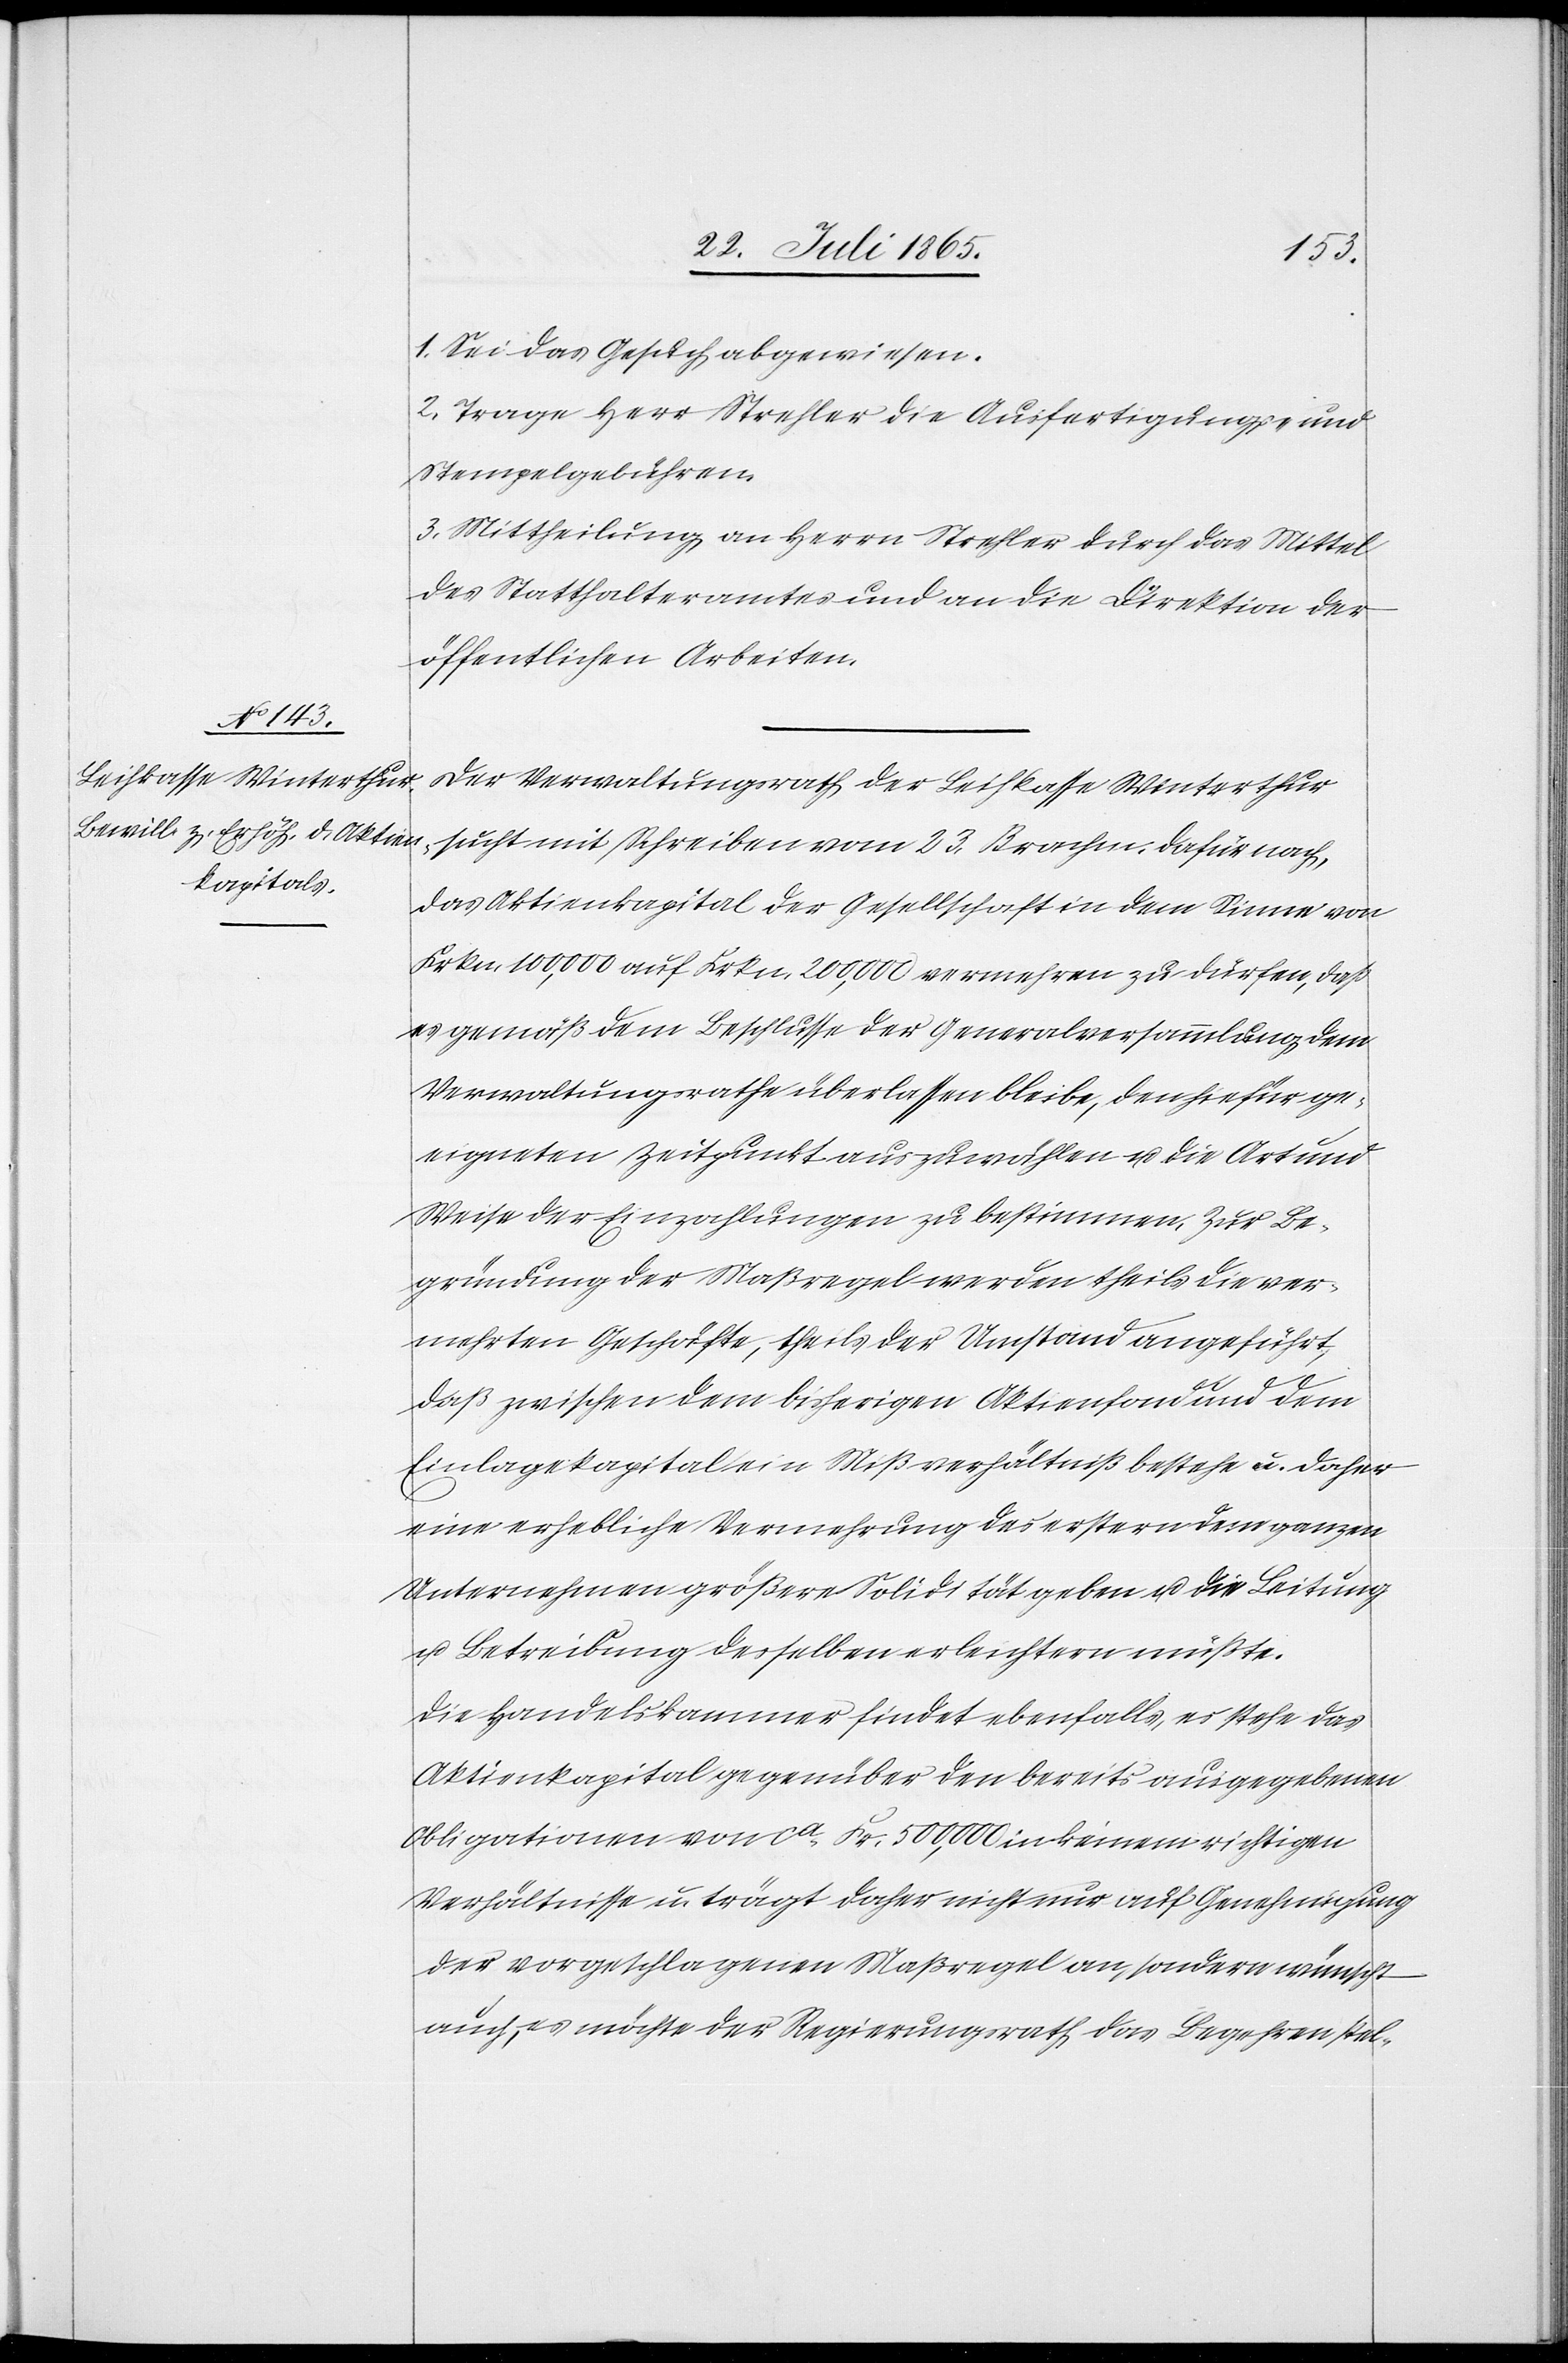
1. Sei das Gesuch abgewiesen.
2. Trage Herr Strehler die Ausfertigungs- und
Stempelgebühren.
3. Mittheilung an Herrn Strehler durch das Mittel
des Statthalteramtes und an die Direktion der
öffentlichen Arbeiten.
Der Verwaltungsrath der Leihkasse Winterthur
sucht mit Schreiben vom 23. Brachm. dafür nach,
das Aktienkapital der Gesellschaft in dem Sinne von
Frkn. 100,000 auf Frkn. 200,000 vermehren zu dürfen, daß
es gemäß dem Beschlusse der Generalversammlung dem
Verwaltungsrathe überlassen bleibe, den hiefür ge¬
eigneten Zeitpunkt auszuwählen u. die Art und
Weise der Einzahlungen zu bestimmen. Zur Be¬
gründung der Maßregel werden theils die ver¬
mehrten Geschäfte, theils der Umstand angeführt,
daß zwischen dem bisherigen Aktienfond und dem
Einlagekapital ein Mißverhältniß bestehe u. daher
eine erhebliche Vermehrung des erstern dem ganzen
Unternehmen größere Solidität geben u. die Leitung
u. Betreibung desselben erleichtern müßte.
Die Handelskammer findet ebenfalls, es stehe das
Aktienkapital gegenüber den bereits ausgegebenen
Obligationen von ca Fr. 500,000 in keinem richtigen
Verhältnisse u. trägt daher nicht nur auf Genehmigung
der vorgeschlagenen Maßregel an, sondern wünscht
auch, es möchte der Regierungsrath das Begehren stel-